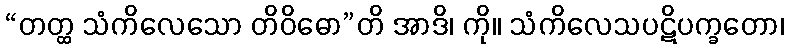
“တတ္ထ သံကိလေသော တိဝိဓော”တိ အာဒိ၊ ကို။ သံကိလေသပဋိပက္ခတော၊